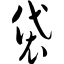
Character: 袋